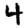
Digit: 4